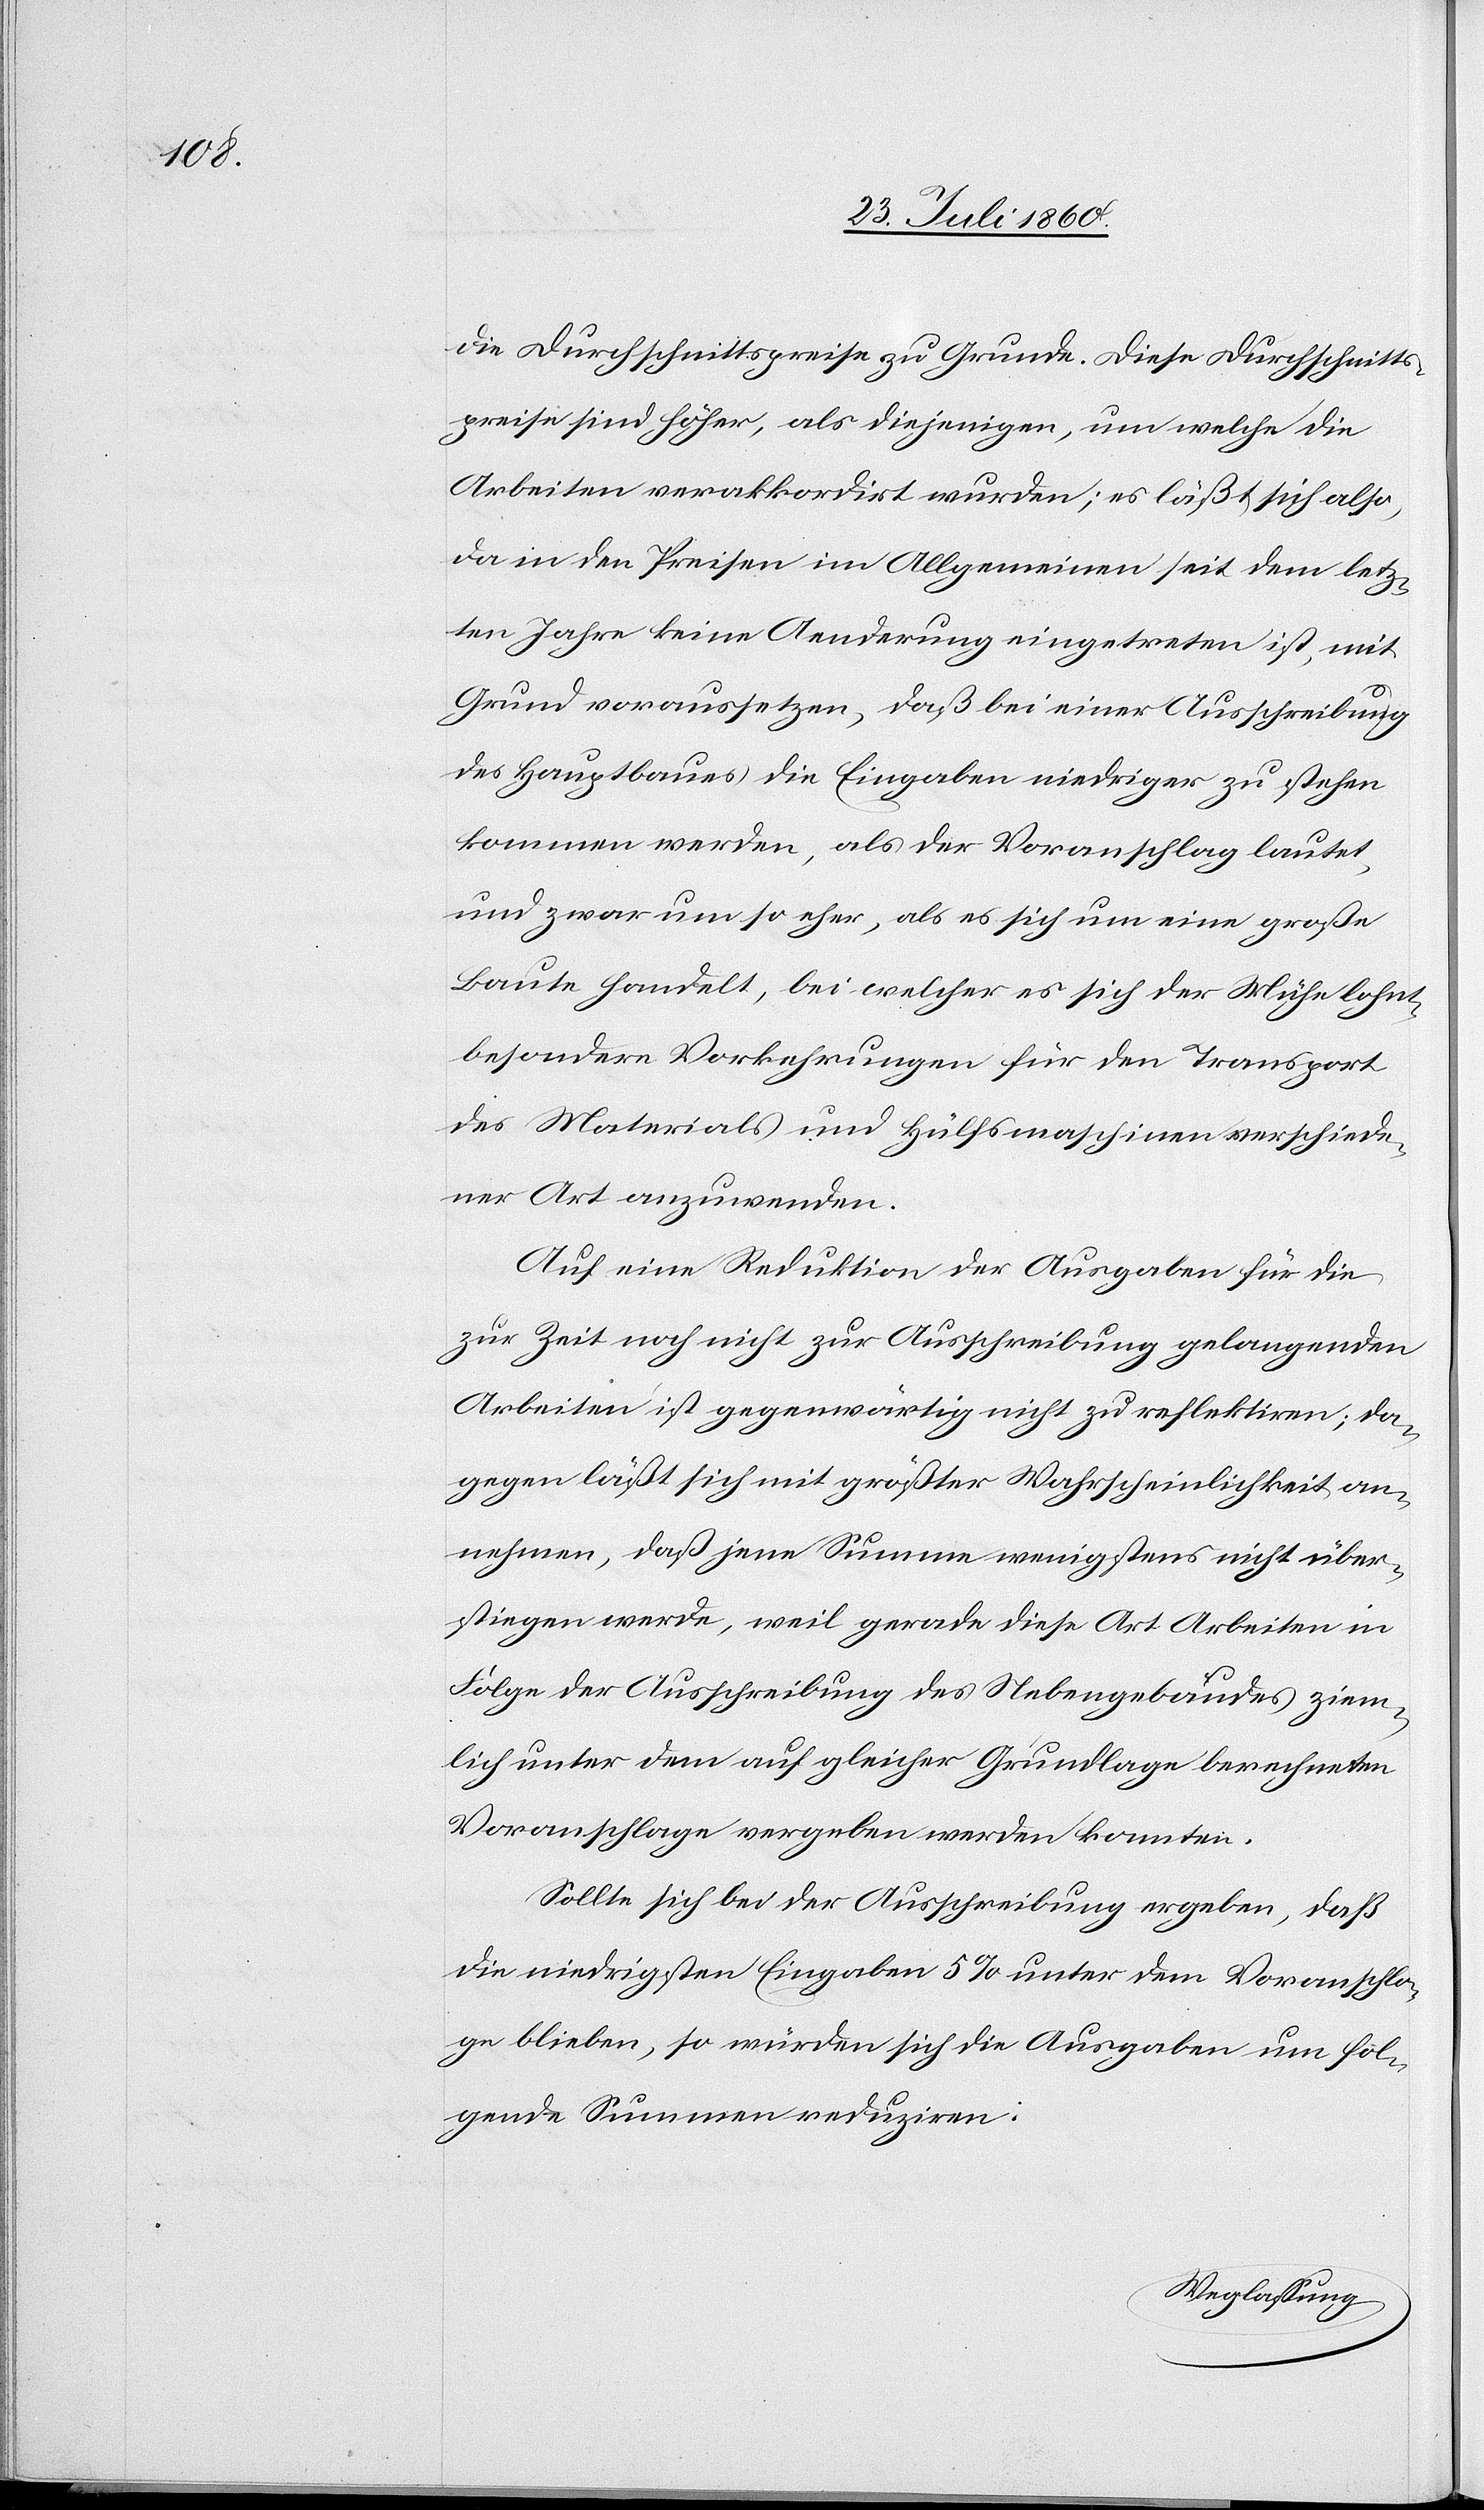
die Durchschnittspreise zu Grunde. Diese Durchschnitts¬
preise sind höher, als diejenigen, um welche die
Arbeiten verakkordirt wurden; es läßt sich also,
da in den Preisen im Allgemeinen seit dem letz¬
ten Jahre keine Aenderung eingetreten ist, mit
Grund voraussetzen, daß bei einer Ausschreibung
des Hauptbaues die Eingaben niedriger zu stehen
kommen werden, als der Voranschlag lautet
und zwar um so eher, als es sich um eine große
Baute handelt, bei welcher es sich der Mühe lohnt,
besondere Vorkehrungen für den Transport
des Materials und Hülfsmaschinen verschiede¬
ner Art anzuwenden.
Auf eine Reduktion der Ausgaben für die
zur Zeit noch nicht zur Ausschreibung gelangenden
Arbeiten ist gegenwärtig nicht zu respektiren, da¬
gegen läßt sich mit grösster Wahrscheinlichkeit an¬
nehmen, daß jene Summe wenigstens nicht über¬
stiegen werde, weil gerade diese Art Arbeiten in
Folge der Ausschreibung des Nebengebäudes ziem¬
lich unter dem auf gleicher Grundlage berechneten
Voranschlage vergeben werden konnten.
Sollte sich bei der Ausschreibung ergeben, daß
die niedrigsten Eingaben 5% unter dem Voranschla¬
ge blieben, so würden sich die Ausgaben um fol¬
gende Summen reduziren: